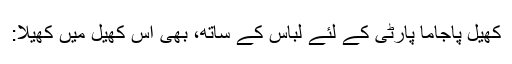
کھیل پاجاما پارٹی کے لئے لباس کے ساتھ، بھی اس کھیل میں کھیلا: